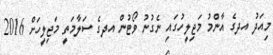
މިއަދު އދގެ އާންމު މަޖިލީހުގައި ނެގުނު ވޯޓުން އދގެ ސަލާމަތީ މަޖިލީހަށް 2016